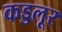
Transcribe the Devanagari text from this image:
कड्डलूर